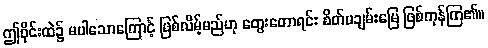
ဤဝိုင်းထဲ၌ မပါသောကြောင့် ဖြစ်လိမ့်မည်ဟု တွေးတောရင်း စိတ်မချမ်းမြေ ဖြစ်ကုန်ကြ၏။